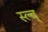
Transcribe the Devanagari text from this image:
स्ल्ब्